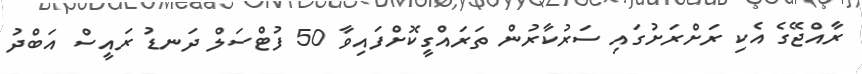
ރާއްޖޭގެ އެކި ރަށްރަށުގައި ސަރުކާރުން ތަރައްގީކޮށްފައިވާ 50 ފުޓްސަލް ދަނޑު ރައީސް އަބްދު